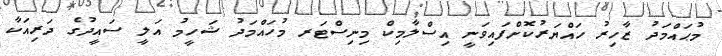
މުޙައްމަދު ޒާހިރު ހައްޔަރުކޮށްފައިވަނީ އިސްލާމިކް މިނިސްޓަރ މުހައްމަދު ޝަހީމު އަލީ ސައީދުގެ ދަރިއަކާ